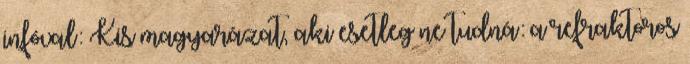
infóval: Kis magyarázat, aki esetleg ne tudná: a refraktoros